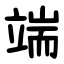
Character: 端